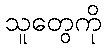
သူတွေကို